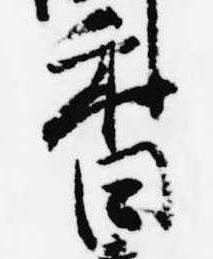
香